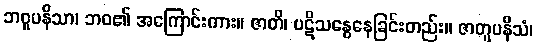
ဘဝူပနိသာ၊ ဘဝ၏ အကြောင်းကား။ ဇာတိ၊ ပဋိသန္ဓေနေခြင်းတည်း။ ဇာတူပနိသံ၊